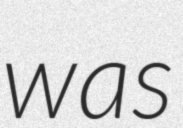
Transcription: was